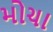
મોચા